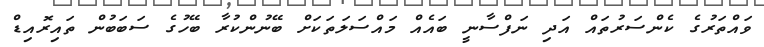
ވައްތަރުގެ ކެންސަރުތައް އަދި ނަފްސާނީ ބައެއް މައްސަލަތަކަށް ބޭނުންކުރާ ބޭހުގެ ސަބަބުން ތައިރޮއިޑް